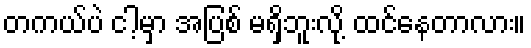
တကယ်ပဲ ငါ့မှာ အပြစ် မရှိဘူးလို့ ထင်နေတာလား။